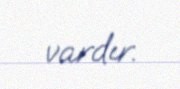
vardır.